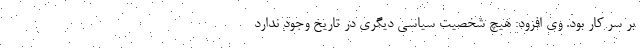
بر سر کار بود. وی افزود: هیچ شخصیت سیاسی دیگری در تاریخ وجود ندارد